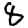
Digit: 8